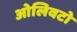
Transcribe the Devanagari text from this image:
ओलिवटो